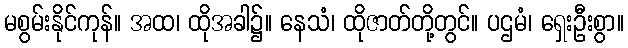
မစွမ်းနိုင်ကုန်။ အထ၊ ထိုအခါ၌။ နေသံ၊ ထိုဇာတ်တို့တွင်။ ပဌမံ၊ ရှေးဦးစွာ။